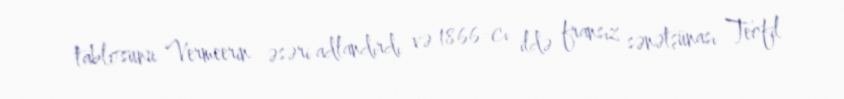
tablosunu Vermeerin əsəri adlandırdı və 1866-cı ildə fransız sənətşünası Teofil